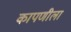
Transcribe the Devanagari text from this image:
कापणीला